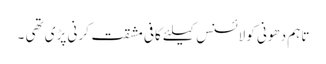
تاہم دھونی کو لائسنس کیلئے کافی مشقت کرنی پڑی تھی ۔